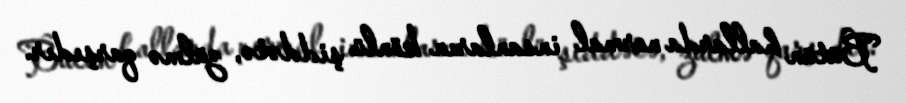
Bütün hallarda normal insanların könlü şiddətə, zülmə qarşıdır.